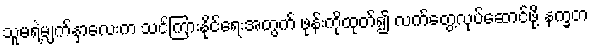
သူမရဲ့မျက်နှာလေးက သင်ကြားနိုင်ရေးအတွက် ဖုန်းကိုထုတ်၍ လက်တွေ့လုပ်ဆောင်ဖို့ နက္ခတ